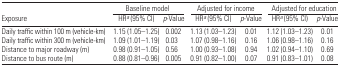
<table><thead><tr><td></td><td colspan="2"><b>Baseline model</b></td><td colspan="2"><b>Adjusted for income</b></td><td colspan="2"><b>Adjusted for education</b></td></tr><tr><td><b>Exposure</b></td><td><b>HRa (95% CI)</b></td><td><b><i>p</i>-Value</b></td><td><b>HRa (95% CI)</b></td><td><b><i>p</i>-Value</b></td><td><b>HRa (95% CI)</b></td><td><b><i>p</i>-Value</b></td></tr></thead><tbody><tr><td>Daily traffic within 100 m (vehicle-km)</td><td>1.15 (1.05–1.25)</td><td>0.002</td><td>1.13 (1.03–1.23)</td><td>0.01</td><td>1.12 (1.03–1.23)</td><td>0.01</td></tr><tr><td>Daily traffic within 300 m (vehicle-km)</td><td>1.09 (1.01–1.19)</td><td>0.03</td><td>1.07 (0.98–1.16)</td><td>0.16</td><td>1.06 (0.98–1.16)</td><td>0.16</td></tr><tr><td>Distance to major roadway (m)</td><td>0.98 (0.91–1.05)</td><td>0.56</td><td>1.00 (0.93–1.08)</td><td>0.94</td><td>1.02 (0.94–1.10)</td><td>0.69</td></tr><tr><td>Distance to bus route (m)</td><td>0.88 (0.81–0.96)</td><td>0.005</td><td>0.91 (0.82–1.00)</td><td>0.07</td><td>0.91 (0.83–1.01)</td><td>0.08</td></tr></tbody></table>